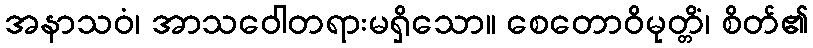
အနာသဝံ၊ အာသဝေါတရားမရှိသော။ စေတောဝိမုတ္တိံ၊ စိတ်၏